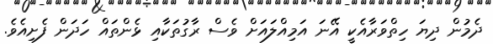
ދެމުން ދިޔަ ހިތްވަރާއެކީ އޭނަ އަމިއްލައަށް ވެސް ރާގުތަކާއި ޅެންތައް ހަދަން ފެށިއެވެ.